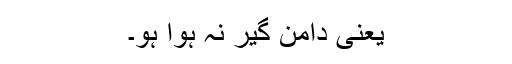
یعنی دامن گیر نہ ہوا ہو۔